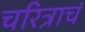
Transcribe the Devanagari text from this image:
चरित्राचं